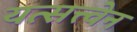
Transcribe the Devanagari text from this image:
यत्सत्त्वेन